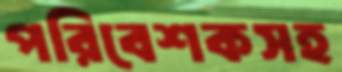
পরিবেশকসহ